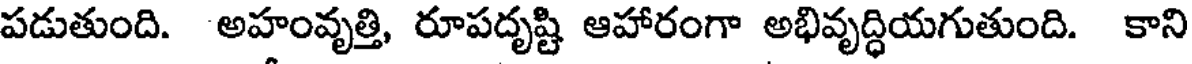
పడుతుంది. అహంవృత్తి, రూపదృష్టి ఆహారంగా అభివృద్ధియగుతుంది. కాని